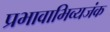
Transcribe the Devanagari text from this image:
प्रभावाभिव्यजंक